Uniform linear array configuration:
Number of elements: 64
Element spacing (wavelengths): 0.5
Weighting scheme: hamming
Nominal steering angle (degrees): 0
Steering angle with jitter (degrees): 0.5658
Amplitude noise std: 0.05
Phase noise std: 0.05

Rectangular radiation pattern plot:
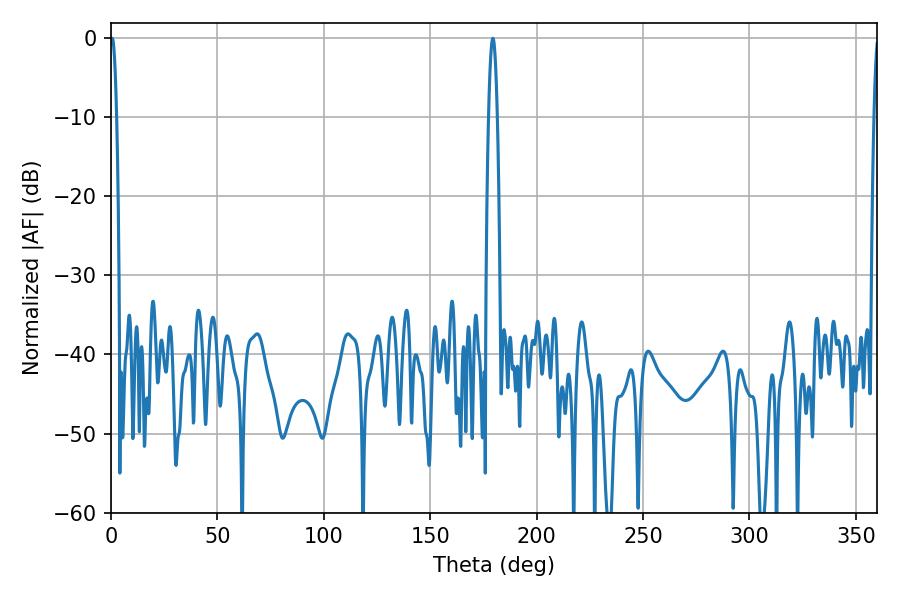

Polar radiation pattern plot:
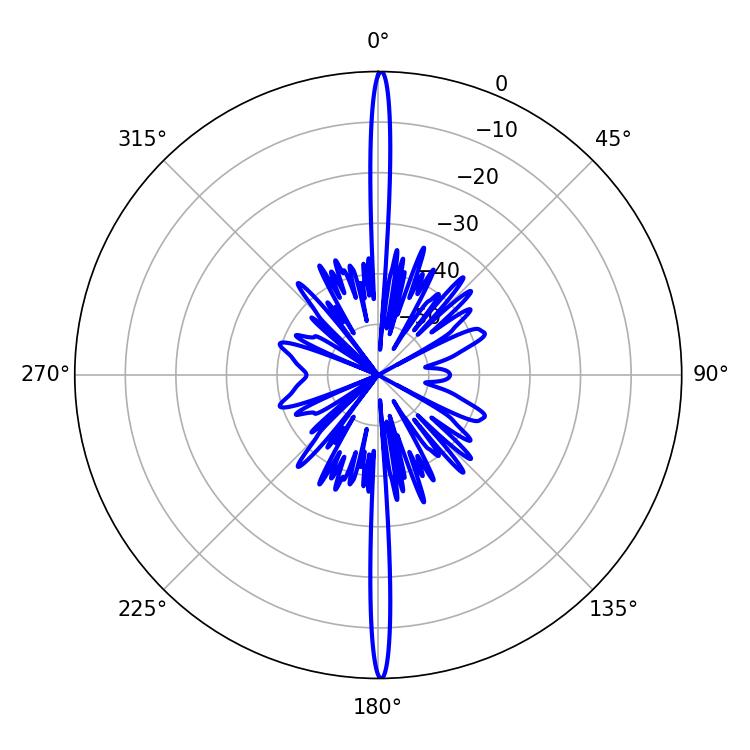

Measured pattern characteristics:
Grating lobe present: FALSE
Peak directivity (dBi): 33.499
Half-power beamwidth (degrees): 1.62
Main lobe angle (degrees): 0.54